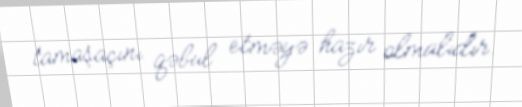
tamaşaçını qəbul etməyə hazır olmalıdır.